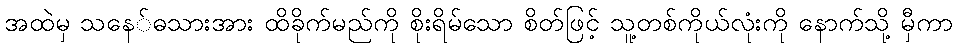
အထဲမှ သနေ်ဓသားအား ထိခိုက်မည်ကို စိုးရိမ်သော စိတ်ဖြင့် သူ့တစ်ကိုယ်လုံးကို နောက်သို့ မှီကာ